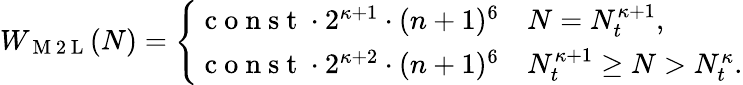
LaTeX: W_{\mathrm{~M~2~L~}}(N)=\left\{ \begin{array}{ll}{\mathrm{~c~o~n~s~t~}\cdot 2^{\kappa+1}\cdot(n+1)^{6}\quad N=N_{t}^{\kappa+1},}\\ {\mathrm{~c~o~n~s~t~}\cdot 2^{\kappa+2}\cdot(n+1)^{6}\quad N_{t}^{\kappa+1}\geq N>N_{t}^{\kappa}.}\end{array}\right.